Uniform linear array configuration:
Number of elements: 32
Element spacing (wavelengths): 0.5
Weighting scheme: kaiser
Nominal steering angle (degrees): -15
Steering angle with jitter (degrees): -15.065
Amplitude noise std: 0.05
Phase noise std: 0.05

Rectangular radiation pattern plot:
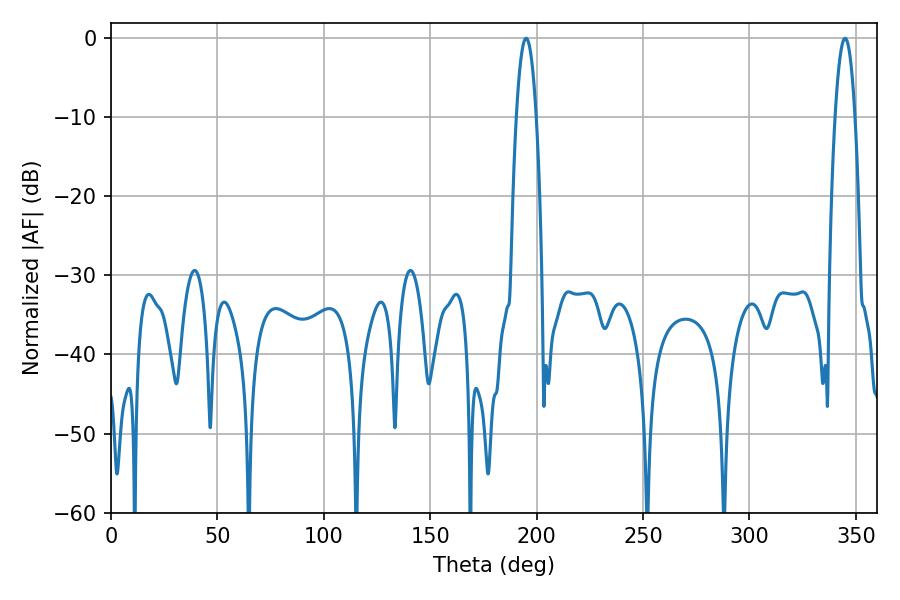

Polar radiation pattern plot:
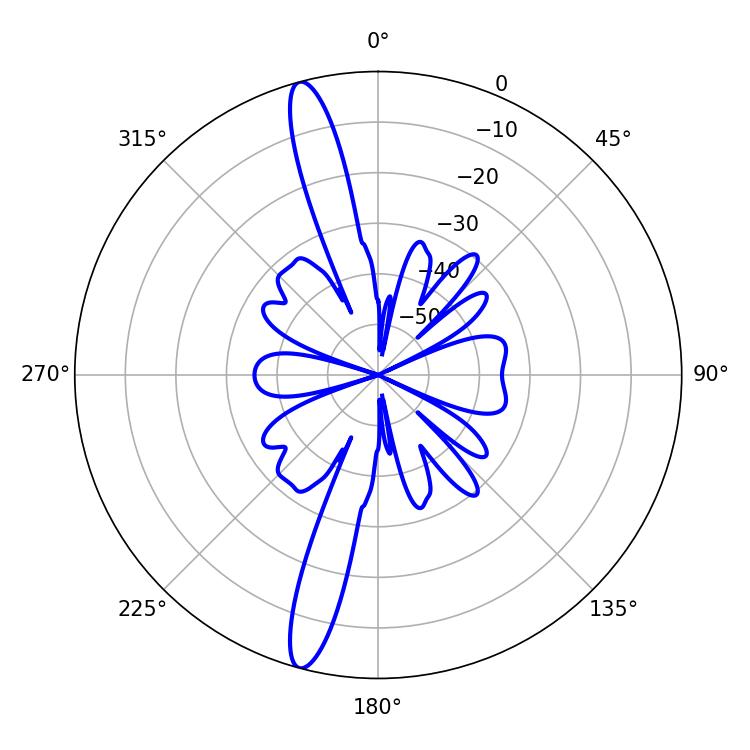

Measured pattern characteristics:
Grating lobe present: FALSE
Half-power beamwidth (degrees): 5.22
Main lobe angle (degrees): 195.12